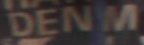
DENM